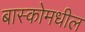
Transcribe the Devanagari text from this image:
बास्कोमधील